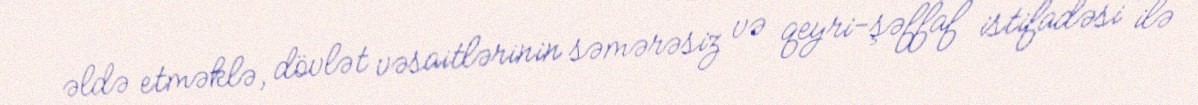
əldə etməklə, dövlət vəsaitlərinin səmərəsiz və qeyri-şəffaf istifadəsi ilə